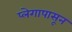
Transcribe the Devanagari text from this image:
प्लेगापासून